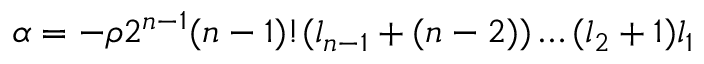
\alpha = - \rho 2 ^ { n - 1 } ( n - 1 ) ! ( l _ { n - 1 } + ( n - 2 ) ) \ldots ( l _ { 2 } + 1 ) l _ { 1 }